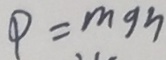
P = m g h